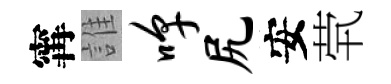
𡩋誰嗥尻安茕